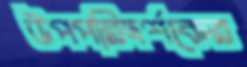
উপপরিদর্শকের